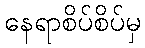
နေရာစိပ်စိပ်မှ